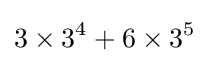
3\times 3^{4}+6\times 3^{5}